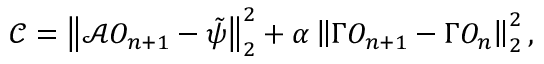
\mathcal { C } = \left\Vert \mathcal { A } O _ { n + 1 } - \tilde { \psi } \right\Vert _ { 2 } ^ { 2 } + \alpha \left\Vert \Gamma O _ { n + 1 } - \Gamma O _ { n } \right\Vert _ { 2 } ^ { 2 } ,